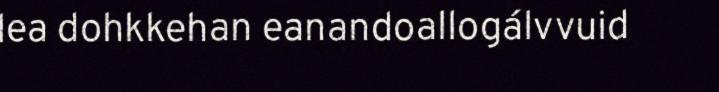
lea dohkkehan eanandoallogálvvuid